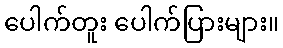
ပေါက်တူး ပေါက်ပြားများ။